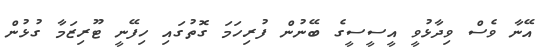
އޭނާ ވެސް ވިދާޅުވީ އީސީސީގެ ބޭނުން ފުރިހަމަ ގޮތުގައި ހިފޭނީ ޓޫރިޒަމާ ގުޅުން